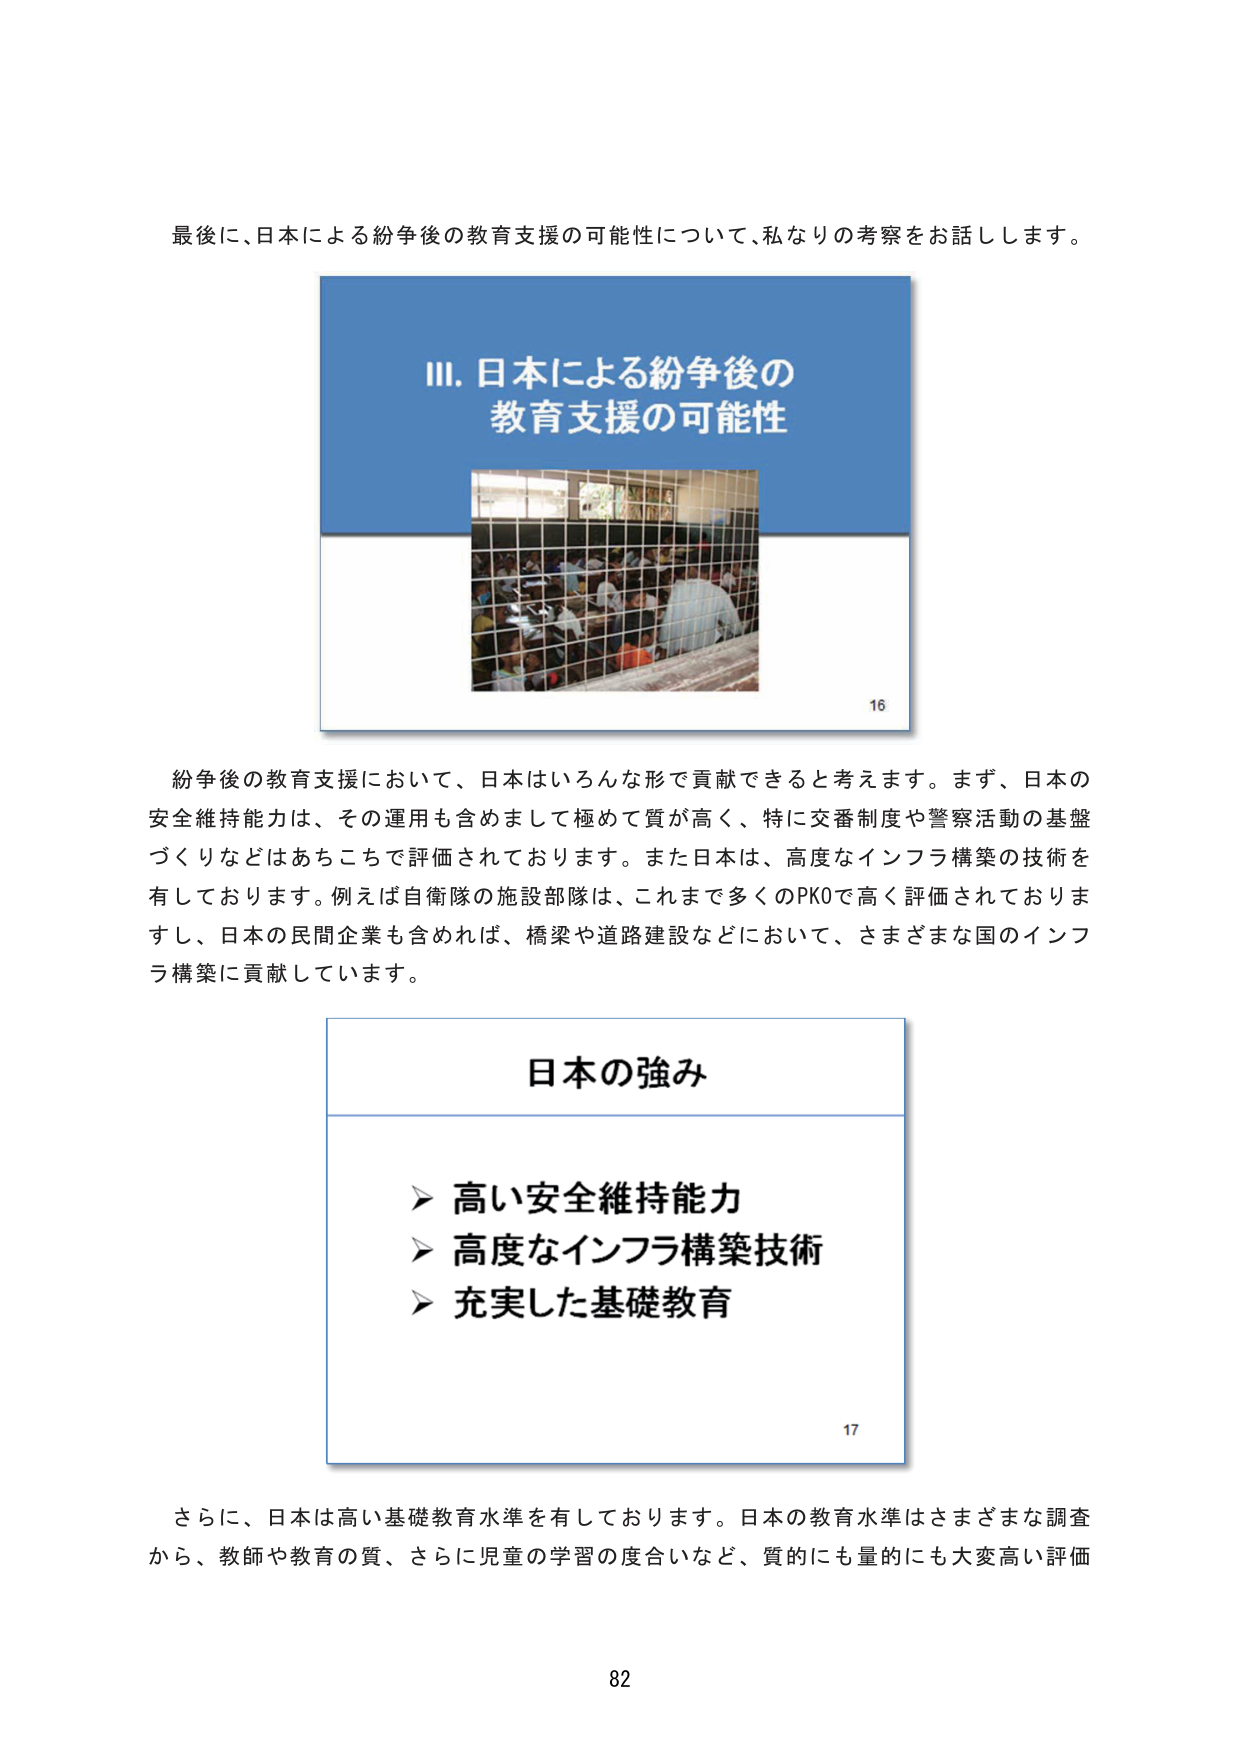
最後に、日本による紛争後の教育支援の可能性について、私なりの考察をお話しします。

Ⅲ. 日本による紛争後の
教育支援の可能性

16

紛争後の教育支援において、日本はいろんな形で貢献できると考えます。まず、日本の
安全維持能力は、その運用も含めまして極めて質が高く、特に交番制度や警察活動の基盤
づくりなどはあちこちで評価されております。また日本は、高度なインフラ構築の技術を
有しております。例えば自衛隊の施設部隊は、これまで多くのPKOで高く評価されておりま
すし、日本の民間企業も含めれば、橋梁や道路建設などにおいて、さまざまな国のインフ
ラ構築に貢献しています。

日本の強み

➤ 高い安全維持能力
➤ 高度なインフラ構築技術
➤ 充実した基礎教育

17

さらに、日本は高い基礎教育水準を有しております。日本の教育水準はさまざまな調査
から、教師や教育の質、さらに児童の学習の度合いなど、質的にも量的にも大変高い評価

82